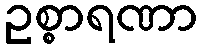
ဥစ္စာရဏာ